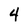
Character: 4